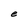
Character: e